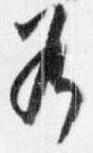
若